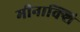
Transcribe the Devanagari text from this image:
मीनाक्शि